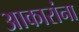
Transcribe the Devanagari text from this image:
आकारांना